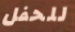
للحفل